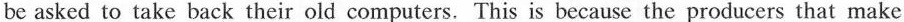
be asked to take back their old computers. This is because the producers that make